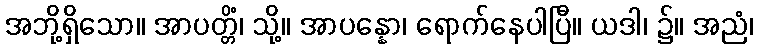
အဘို့ရှိသော။ အာပတ္တိံ၊ သို့။ အာပန္နော၊ ရောက်နေပါပြီ။ ယဒါ၊ ၌။ အညံ၊